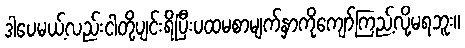
ဒါပေမယ့်လည်းငါတို့ပျင်းရိပြီးပထမစာမျက်နှာကိုကျော်ကြည့်လို့မရဘူး။